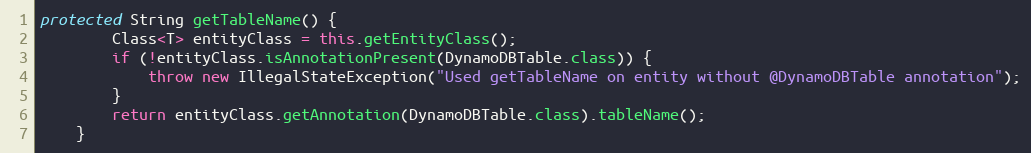
Language: Java
protected String getTableName() {
        Class<T> entityClass = this.getEntityClass();
        if (!entityClass.isAnnotationPresent(DynamoDBTable.class)) {
            throw new IllegalStateException("Used getTableName on entity without @DynamoDBTable annotation");
        }
        return entityClass.getAnnotation(DynamoDBTable.class).tableName();
    }